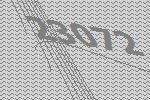
23072